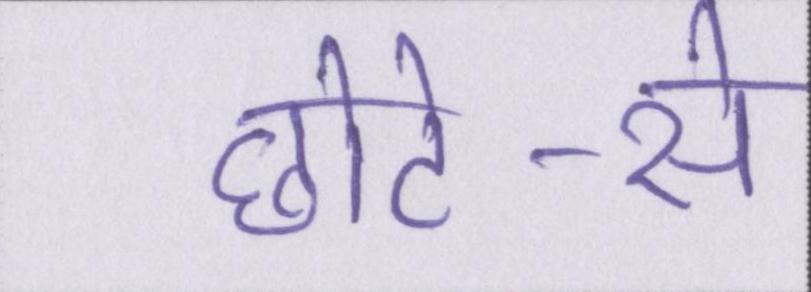
छोटे-से